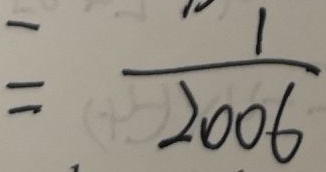
= \frac { 1 } { 2 0 0 6 }